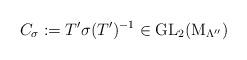
LaTeX: \begin{gather*}C_{\sigma}:=T' \sigma (T' )^{-1} \in \operatorname{GL}_{2}(\operatorname{M}_{\Lambda''})\end{gather*}